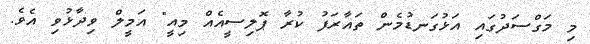
މި މަގްސަދުގައި އަޅުގަނޑުމެން ތައާރަފު ކުރާ ޕޮލިސީއެއް މިއީ" އަމީލް ވިދާޅުވި އެވެ.